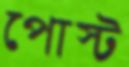
পোস্ট